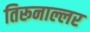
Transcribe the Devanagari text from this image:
तिरूनाल्लर